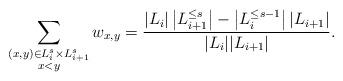
LaTeX: \begin{align*}\sum_{\substack{(x,y)\in L_i^{s}\times L_{i+1}^{s}\\ x<y}}w_{x,y} = \frac{|L_i|\left|L_{i+1}^{\leq s}\right|-\left|L_i^{\leq s-1}\right||L_{i+1}|}{|L_i||L_{i+1}|}.\end{align*}